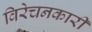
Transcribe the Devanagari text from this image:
विरेचनकारी